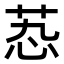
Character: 𬜫